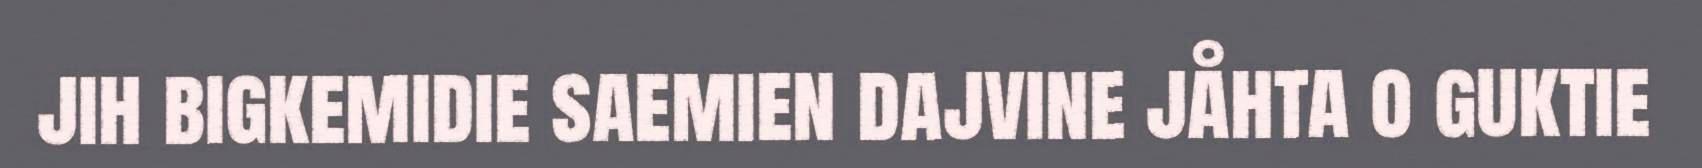
jih bigkemidie saemien dajvine jåhta o guktie